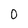
Character: 0